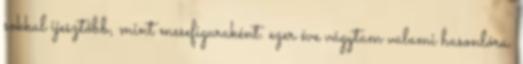
sokkal ijesztőbb, mint mesefiguraként. ezer éve vágytam valami hasonlóra.